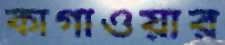
কাগাওয়ার